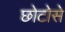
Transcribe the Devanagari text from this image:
छोटोसे